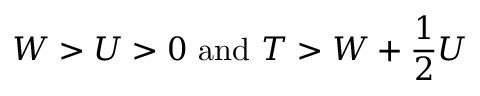
W > U > 0 \mathrm { ~ a n d ~ } T > W + \frac { 1 } { 2 } U